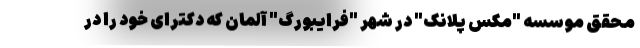
محقق موسسه "مکس پلانک" در شهر "فرایبورگ" آلمان که دکترای خود را در